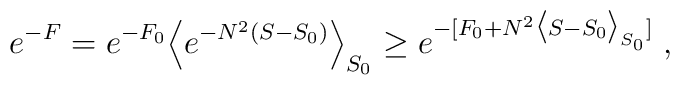
e^{-F} = e^{-F_0}\Big< e^{-N^2 (S - S_0)} \Big>_{S_0}\ge e^{-[F_0 + N^2 \big<S - S_0 \big>_{S_0} ] } \;,